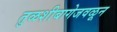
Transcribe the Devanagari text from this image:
तुळशीबागेजवळून